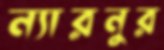
ন্যারনুর